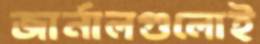
জার্নালগুলোই